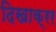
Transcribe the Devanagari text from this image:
दिखाक्रर